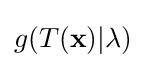
g(T(\mathbf {x} )|\lambda )